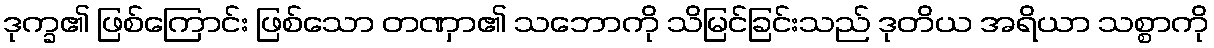
ဒုက္ခ၏ ဖြစ်ကြောင်း ဖြစ်သော တဏှာ၏ သဘောကို သိမြင်ခြင်းသည် ဒုတိယ အရိယာ သစ္စာကို